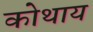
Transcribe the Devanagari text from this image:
कोथाय